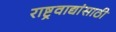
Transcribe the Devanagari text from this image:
राष्ट्रवाद्यांसाठी